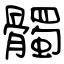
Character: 髑